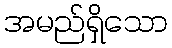
အမည်ရှိသော